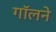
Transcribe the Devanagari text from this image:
गॉलने